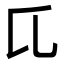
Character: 𬼗